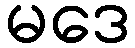
မဒေ